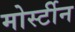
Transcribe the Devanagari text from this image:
मोर्स्टीन